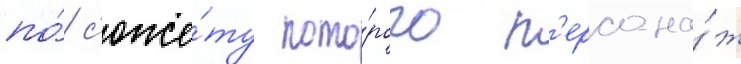
по́ с'юже́ту кото́рого п'ерсона́ж